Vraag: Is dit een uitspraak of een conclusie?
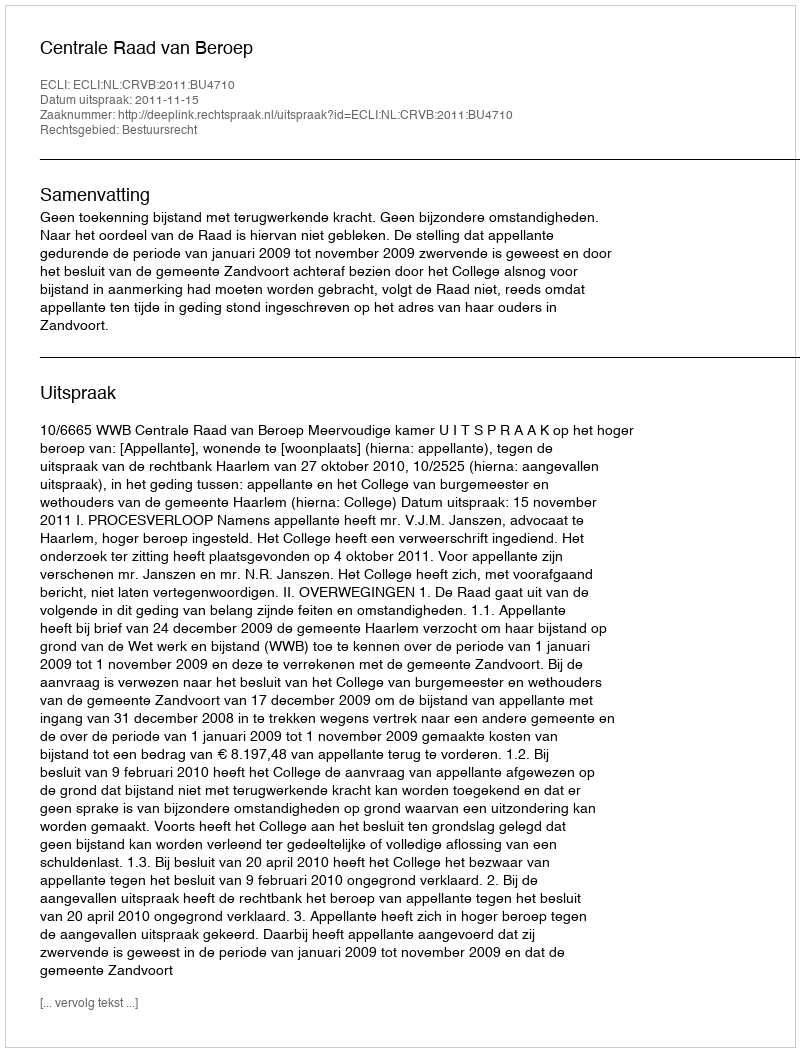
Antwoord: Uitspraak